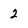
Character: 2